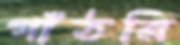
গাঁঠরি